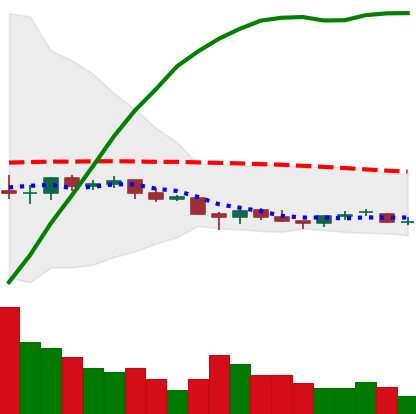
Ticker: EOS-USD
Chart end date: 2021-06-17
Forward return: -30.444%
Label: down_7plus